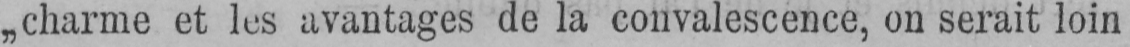
„charme et les avantages de la convalescence, on serait loin